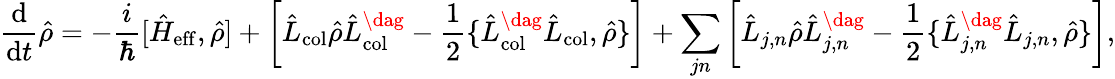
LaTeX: \frac{\mathrm{d}}{\mathrm{d}t}\hat{\rho}=-\frac{i}{\hbar}[\hat{H}_{\mathrm{eff}},\hat{\rho}]+\bigg[\hat{L}_{\mathrm{col}}\hat{\rho}\hat{L}_{\mathrm{col}}^{\dag}-\frac{1}{2}\{ \hat{L}_{\mathrm{col}}^{\dag}\hat{L}_{\mathrm{col}},\hat{\rho}\} \bigg]+\sum_{jn}\bigg[\hat{L}_{j,n}\hat{\rho}\hat{L}_{j,n}^{\dag}-\frac{1}{2}\{ \hat{L}_{j,n}^{\dag}\hat{L}_{j,n},\hat{\rho}\} \bigg],